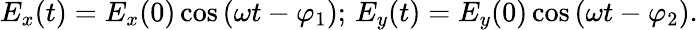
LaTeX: E_{x}(t)=E_{x}(0)\cos{(\omega t-\varphi_{1})};\, E_{y}(t)=E_{y}(0)\cos{(\omega t-\varphi_{2})}.